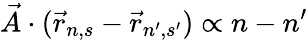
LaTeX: {\vec{A}}\cdot({\vec{r}}_{n,s}-{\vec{r}}_{n^{\prime},s^{\prime}})\propto n-n^{\prime}